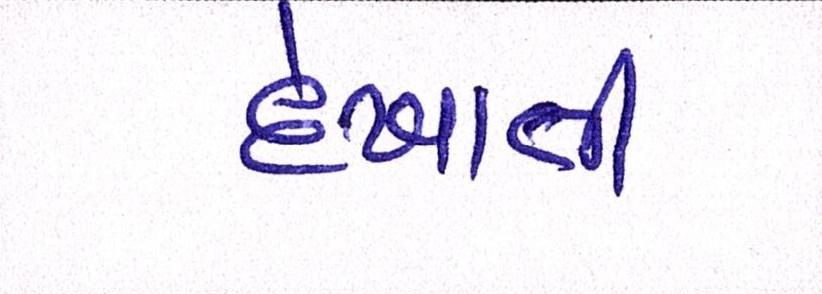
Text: દેખાતી